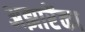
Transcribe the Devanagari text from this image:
अझारेंका